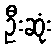
ဦးဆုံး